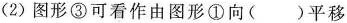
(2)图形③可看作由图形①向()平移